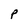
Character: P